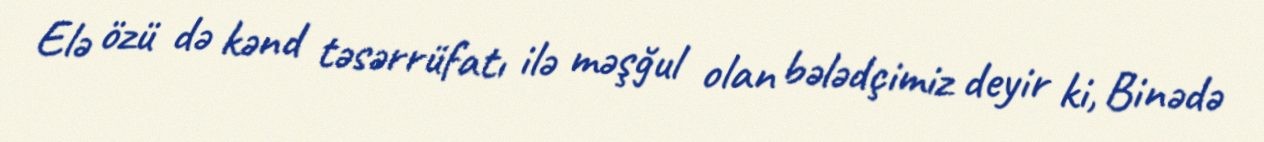
Elə özü də kənd təsərrüfatı ilə məşğul olan bələdçimiz deyir ki, Binədə